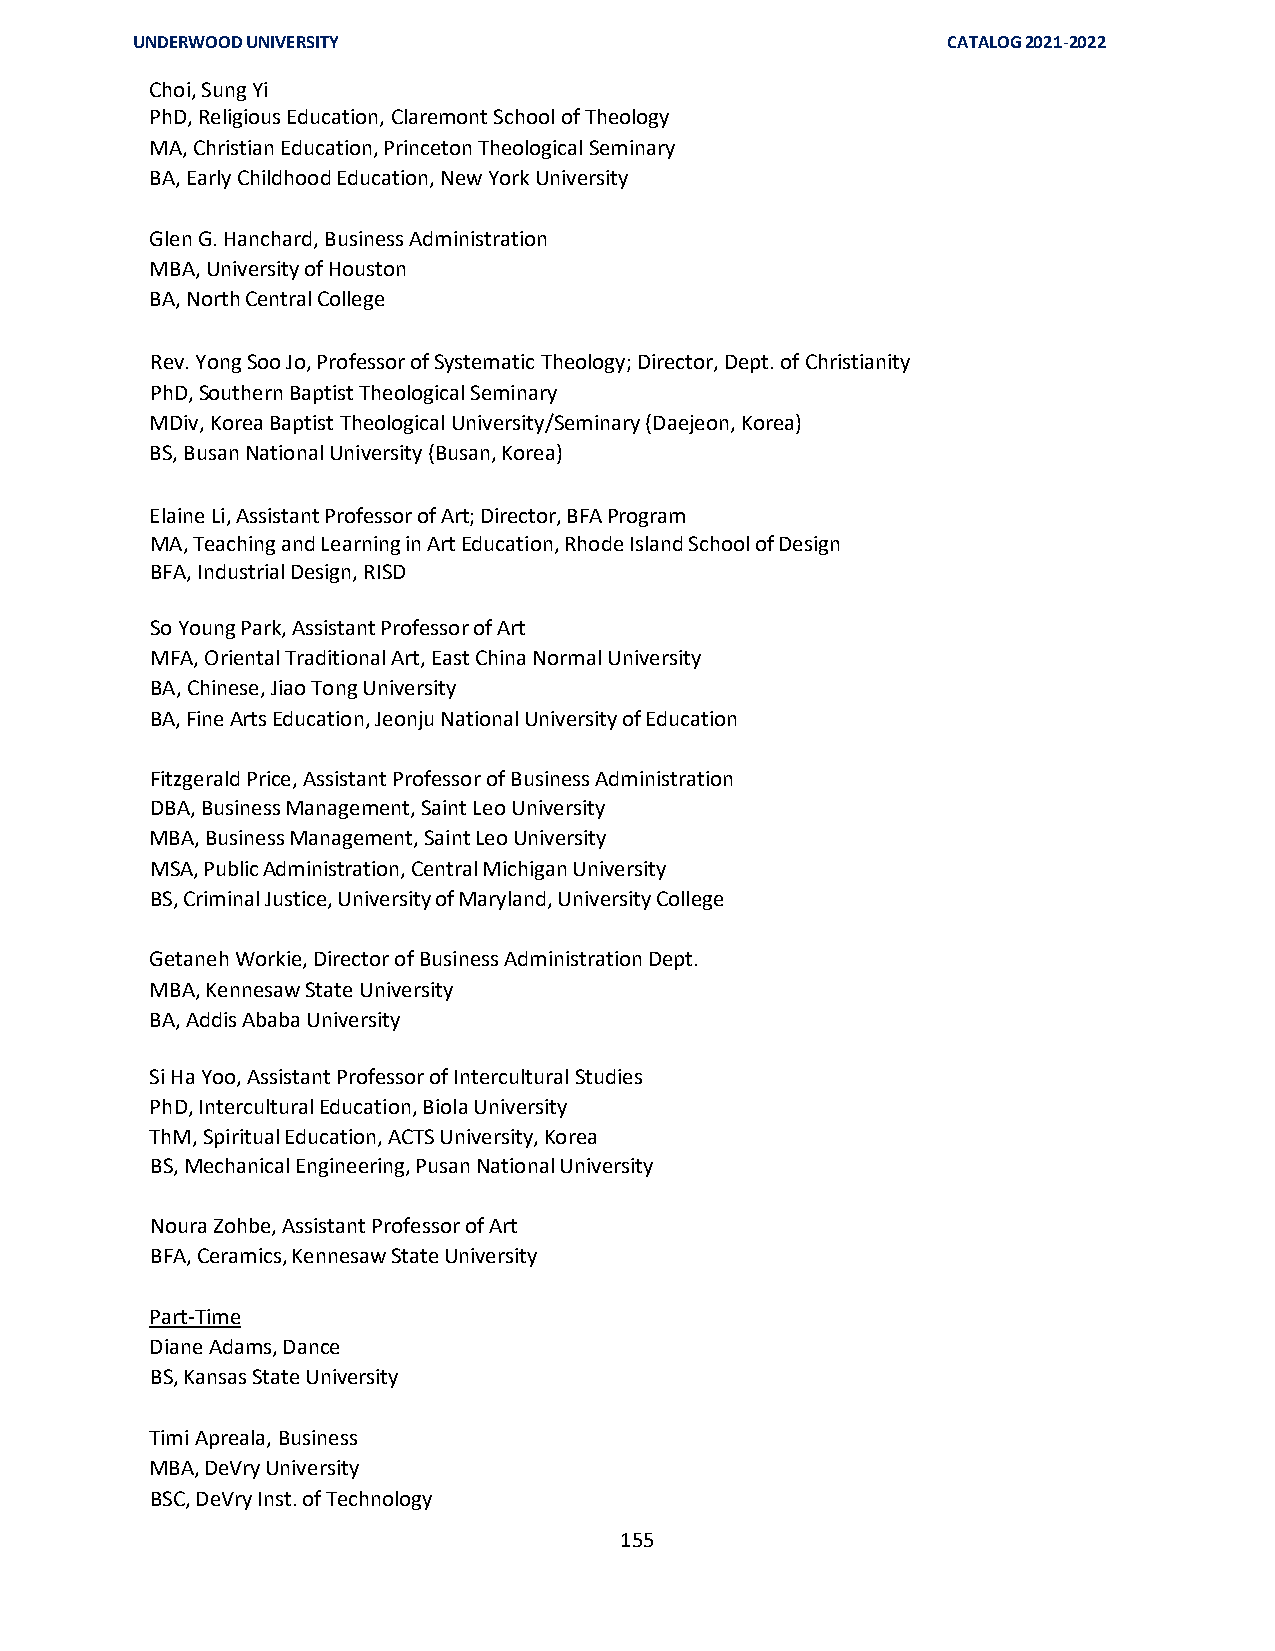
UNDERWOOD UNIVERSITY                                  CATALOG 2021-2022
 Choi, Sung Yi
 PhD, Religious Education, Claremont School of Theology
 MA, Christian Education, Princeton Theological Seminary
 BA, Early Childhood Education, New York University
 Glen G. Hanchard, Business Administration
 MBA, University of Houston
 BA, North Central College
 Rev. Yong Soo Jo, Professor of Systematic Theology; Director, Dept. of Christianity
 PhD, Southern Baptist Theological Seminary
 MDiv, Korea Baptist Theological University/Seminary (Daejeon, Korea)
 BS, Busan National University (Busan, Korea)
 Elaine Li, Assistant Professor of Art; Director, BFA Program
 MA, Teaching and Learning in Art Education, Rhode Island School of Design
 BFA, Industrial Design, RISD
 So Young Park, Assistant Professor of Art
 MFA, Oriental Traditional Art, East China Normal University
 BA, Chinese, Jiao Tong University
 BA, Fine Arts Education, Jeonju National University of Education
 Fitzgerald Price, Assistant Professor of Business Administration
 DBA, Business Management, Saint Leo University
 MBA, Business Management, Saint Leo University
 MSA, Public Administration, Central Michigan University
 BS, Criminal Justice, University of Maryland, University College
 Getaneh Workie, Director of Business Administration Dept.
 MBA, Kennesaw State University
 BA, Addis Ababa University
 Si Ha Yoo, Assistant Professor of Intercultural Studies
 PhD, Intercultural Education, Biola University
 ThM, Spiritual Education, ACTS University, Korea
 BS, Mechanical Engineering, Pusan National University
 Noura Zohbe, Assistant Professor of Art
 BFA, Ceramics, Kennesaw State University
 Part-Time
 Diane Adams, Dance
 BS, Kansas State University
 Timi Apreala, Business
 MBA, DeVry University
 BSC, DeVry Inst. of Technology
 155